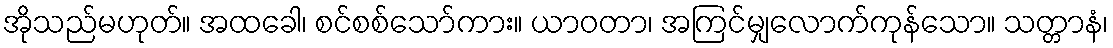
အိုသည်မဟုတ်။ အထခေါ၊ စင်စစ်သော်ကား။ ယာဝတာ၊ အကြင်မျှလောက်ကုန်သော။ သတ္တာနံ၊